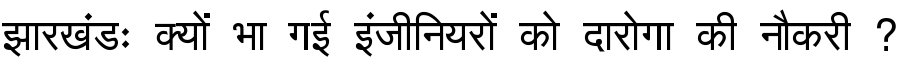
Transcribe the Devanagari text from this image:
झारखंडः क्यों भा गई इंजीनियरों को दारोगा की नौकरी ?